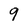
Character: 9